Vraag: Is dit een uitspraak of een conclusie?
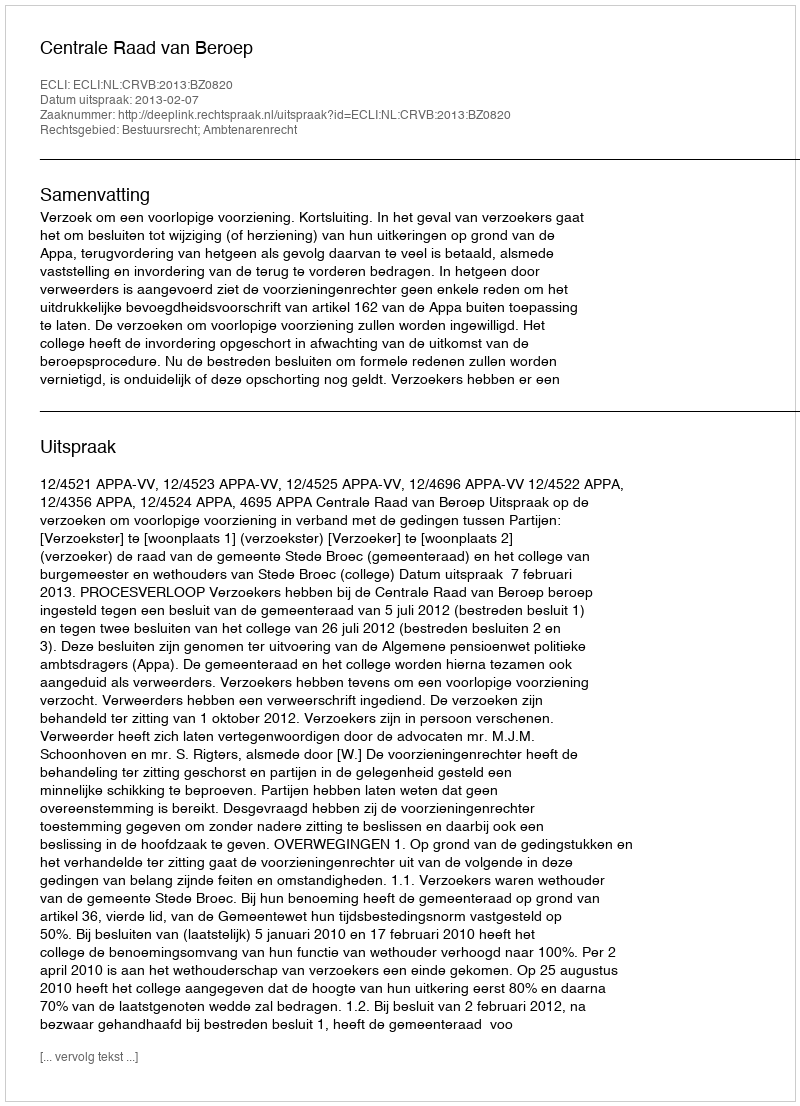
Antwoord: Uitspraak